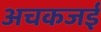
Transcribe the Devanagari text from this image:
अचकजई